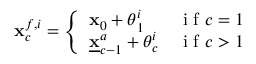
{ \bf x } _ { c } ^ { f , i } = \left\{ \begin{array} { l l } { { \bf x } _ { 0 } + { \boldsymbol { \theta } } _ { 1 } ^ { i } } & { \textnormal { i f } c = 1 } \\ { \underline { { \bf x } } _ { c - 1 } ^ { a } + { \boldsymbol { \theta } } _ { c } ^ { i } } & { \textnormal { i f } c > 1 } \end{array} \right.